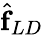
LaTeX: \hat{\boldsymbol{\mathrm{f}}}_{LD}